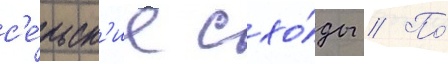
с'е́льск'ие схо́ды // По́